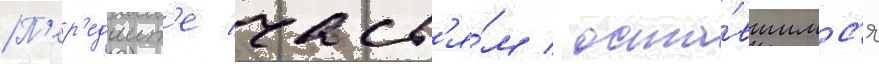
П'ер'едаит'е част'я́м / оста́вшимс'я